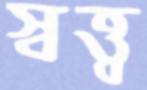
স্বত্ত্ব